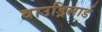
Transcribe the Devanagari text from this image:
वाउड्रिलार्ड